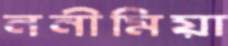
ননীমিয়া